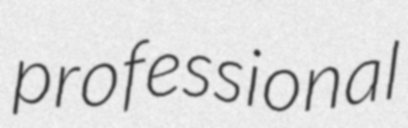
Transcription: professional